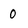
Character: 0